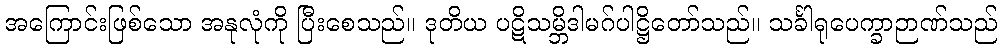
အကြောင်းဖြစ်သော အနုလုံကို ပြီးစေသည်။ ဒုတိယ ပဋိသမ္ဘိဒါမဂ်ပါဋ္ဌိတော်သည်။ သင်္ခါရုပေက္ခာဉာဏ်သည်